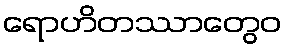
ရောဟိတဿာတွေဝ